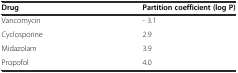
<table><thead><tr><td><b>Drug</b></td><td><b>Partition coefficient (log P)</b></td></tr></thead><tbody><tr><td>Vancomycin</td><td>- 3.1</td></tr><tr><td>Cyclosporine</td><td>2.9</td></tr><tr><td>Midazolam</td><td>3.9</td></tr><tr><td>Propofol</td><td>4.0</td></tr></tbody></table>